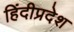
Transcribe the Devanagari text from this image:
हिंदीप्रदेश